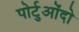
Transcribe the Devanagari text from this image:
पोर्टुओंदो